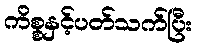
ကိစ္စနှင့်ပတ်သက်ပြီး